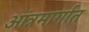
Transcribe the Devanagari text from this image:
आंत्रमार्गात